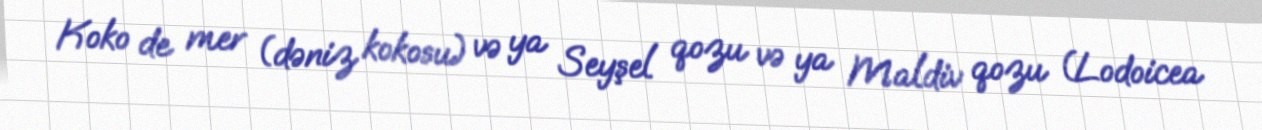
Koko de mer (dəniz kokosu) və ya Seyşel qozu və ya Maldiv qozu (Lodoicea